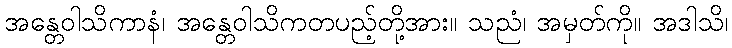
အန္တေဝါသိကာနံ၊ အန္တေဝါသိကတပည့်တို့အား။ သညံ၊ အမှတ်ကို။ အဒါသိ၊